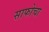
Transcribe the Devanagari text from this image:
साफोचा